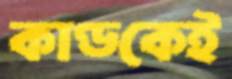
কাণ্ডকেই